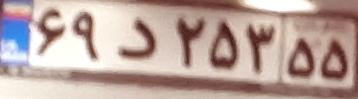
۶۹د۲۵۳۵۵